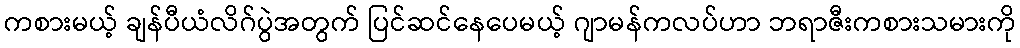
ကစားမယ့် ချန်ပီယံလိဂ်ပွဲအတွက် ပြင်ဆင်နေပေမယ့် ဂျာမန်ကလပ်ဟာ ဘရာဇီးကစားသမားကို